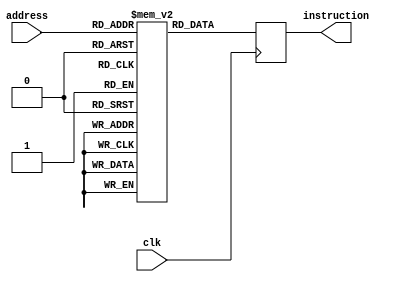
module instruction_memory(output reg [31:0] instruction, input [7:0] address, input clk);
reg [31:0] instructionMem [255:0];

initial
begin
    // SVP x12, 25
    instructionMem[0] = 32'b1111_001100__000000_000000_0000011001;
    
    //ADD x5, x2, x3
    instructionMem[1] = 32'b0100_000101_000010_000011_0000000000;

    //SVPC x9, 2
    instructionMem[2] = 32'b1111_001001_000000_000000_0000000010;

    //SVPC x10, 11
    instructionMem[3] = 32'b1111_001010_000000_000000_0000001011;

    //LD x6, x2
    instructionMem[4] = 32'b1110_000110_000010_000000_0000000000;

   //NOP
    instructionMem[5] = 32'b0000_000000_000000_000000_0000000000;

   //NOP
    instructionMem[6] = 32'b0000_000000_000000_000000_0000000000;

    //SUB x7, x6, x4
    instructionMem[7] = 32'b0111_000111_000110_000100_0000000000;

    //BRN x10
    instructionMem[8] = 32'b1011_000000_001010_000000_0000000000;
    
    //NOP
    instructionMem[9] = 32'b0000_000000_000000_000000_00000000000;
 
    //SUB x4, x4, x4
    instructionMem[10] = 32'b0111_000100_000100_000100_0000000000;

    //NOP
    instructionMem[11] = 32'b0000_000000_000000_000000_0000000000;

    //NOP
    instructionMem[12] = 32'b0000_000000_000000_000000_0000000000;

    //ADD x4, x4, x6
    instructionMem[13] = 32'b0100_000100_000100_000110_0000000000;

    //INC x2, x2, 1
    instructionMem[14] = 32'b0101_000010_000010_000000_0000000001;

    //NOP
    instructionMem[15] = 32'b0000_000000_000000_000000_0000000000;

    //NOP
    instructionMem[16] = 32'b0000_000000_000000_000000_0000000000;

    //SUB x8, x2, x5
    instructionMem[17] = 32'b0111_001000_000010_000101_0000000000;

    //BRN x9
    instructionMem[18] = 32'b1011_000000_001001_000000_0000000000;
 
    //NOP
    instructionMem[19] = 32'b0000_000000_000000_000000_0000000000;
    
    // jump x12
    instructionMem[20] = 32'b1000_000000_001100_000000_0000000000;
    
    // NOP
    instructionMem[21] = 32'b0000_000000_000000_000000_0000000000;
    
    // NOP // this one shouldn't execute
    instructionMem[22] = 32'b0000_000000_000000_000000_0000000000;
    
    // NOP // this one shouldn't execute
    instructionMem[23] = 32'b0000_000000_000000_000000_0000000000;
    
    // NOP // this one shouldn't execute
    instructionMem[24] = 32'b0000_000000_000000_000000_0000000000;
    
    // ST x4, x0; // store max at mem[0]
    instructionMem[25] = 32'b0011_000000_000000_000100_0000000000;
    
    // NEG x13, x4 // store negate of max
    instructionMem[26] = 32'b0110_001101_000100_000000_0000000000;
    
    // NOP
    instructionMem[27] = 32'b0000_000000_000000_000000_0000000000;
    
    // NOP
    instructionMem[28] = 32'b0000_000000_000000_000000_0000000000;
    
    // add x15, x13, x4 // x15 should be zero
    instructionMem[29] = 32'b0100_001111_001101_000100_0000000000;
    
    // brz x0 // should return to start of program
    instructionMem[30] = 32'b1001_000000_000000_000000_0000000000;

    

end

always@(negedge  clk)
begin
    instruction = instructionMem[address];
end

endmodule